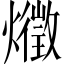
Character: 𤑈